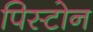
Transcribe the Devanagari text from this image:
पिस्टोन